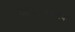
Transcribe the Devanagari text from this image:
पैलियोमैग्नेटिक